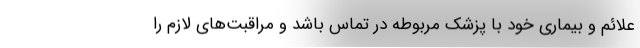
علائم و بیماری خود با پزشک مربوطه در تماس باشد و مراقبت‌های لازم را